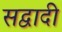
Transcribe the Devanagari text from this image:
सद्वादी